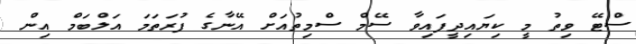
ސްޓޭ ވިތު މީ ކިޔައިދީފައިވާ ސޭމް ސްމިތުއަށް އޭނާގެ ފުރަތަމަ އަލްބަމް އިން